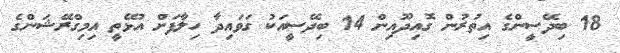
18 ބިދޭސީންގެ އިތުރުން ގޮއިދޫއިން 14 ބިދޭސީއަކު ގަވައިދާ ހިލާފަށް އުޅޭތީ އިމިގްރޭޝަންގެ